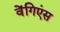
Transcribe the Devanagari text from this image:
वेंगिएंस